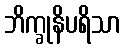
ဘိက္ခုနိပရိသာ